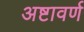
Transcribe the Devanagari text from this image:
अष्टावर्ण